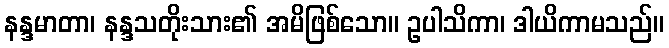
နန္ဒမာတာ၊ နန္ဒသတိုးသား၏ အမိဖြစ်သော။ ဥပါသိကာ၊ ဒါယိကာမသည်။